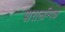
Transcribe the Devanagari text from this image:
पारालम्पिक